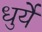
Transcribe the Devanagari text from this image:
धुर्ये